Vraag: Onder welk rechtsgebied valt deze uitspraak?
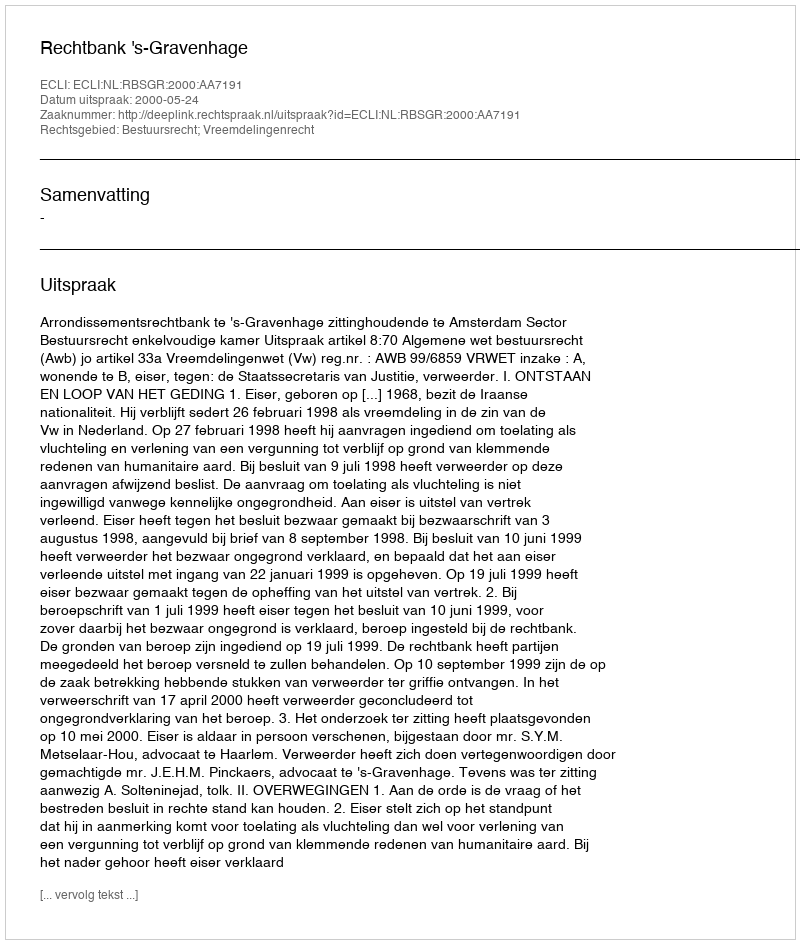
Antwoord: Bestuursrecht; Vreemdelingenrecht